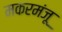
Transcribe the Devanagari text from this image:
मकरमंजू